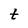
Character: t